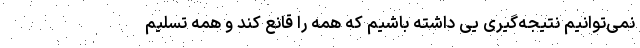
نمی‌توانیم نتیجه‌گیری‌ یی داشته باشیم که همه را قانع کند و همه تسلیم